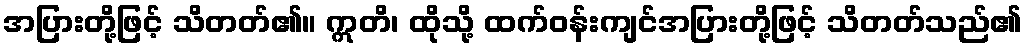
အပြားတို့ဖြင့် သိတတ်၏။ ဣတိ၊ ထိုသို့ ထက်ဝန်းကျင်အပြားတို့ဖြင့် သိတတ်သည်၏